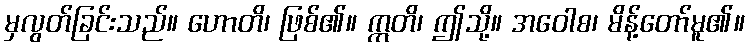
မှလွတ်ခြင်းသည်။ ဟောတိ၊ ဖြစ်၏။ ဣတိ၊ ဤသို့။ အဝေါစ၊ မိန့်တော်မူ၏။